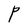
Character: P